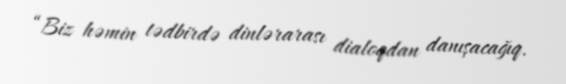
“Biz həmin tədbirdə dinlərarası dialoqdan danışacağıq.